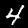
Label: 4